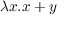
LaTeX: \lambda x . x + y